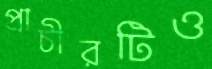
প্রাচীরটিও